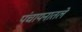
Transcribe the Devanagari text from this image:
पंचायनातले